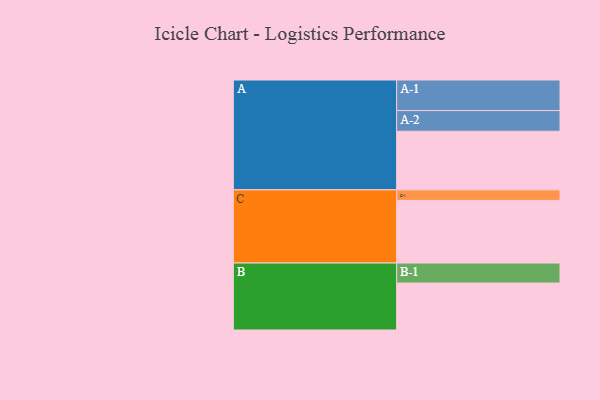
{"axis": {"x": "Segment", "y": "Value"}, "legend": ["", "A", "B", "C"], "data": [{"x": "A", "y": 556, "type": ""}, {"x": "B", "y": 445, "type": ""}, {"x": "C", "y": 594, "type": ""}, {"x": "A-1", "y": 290, "type": "A"}, {"x": "A-2", "y": 196, "type": "A"}, {"x": "B-1", "y": 190, "type": "B"}, {"x": "C-1", "y": 100, "type": "C"}]}